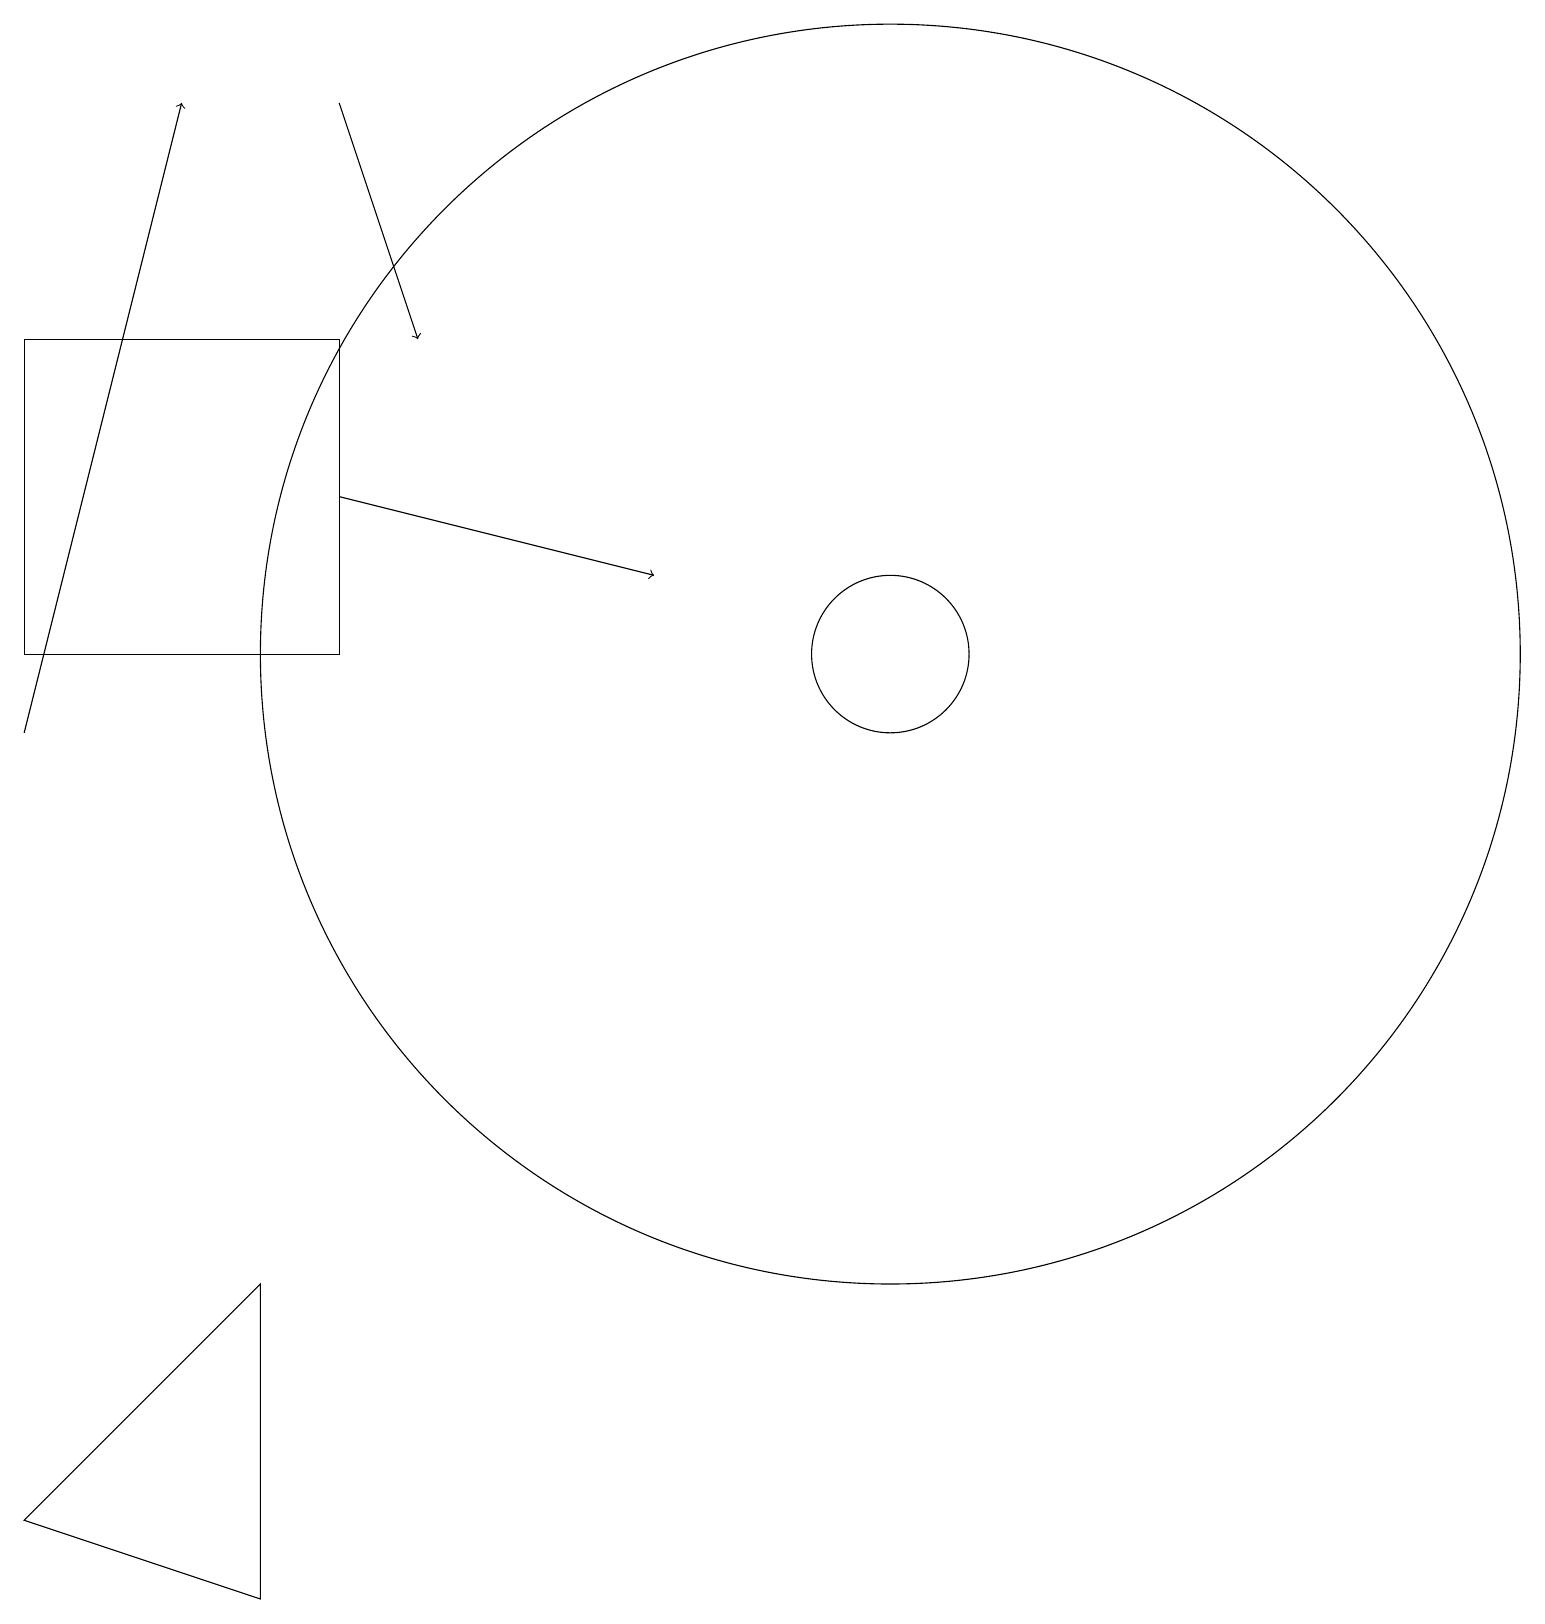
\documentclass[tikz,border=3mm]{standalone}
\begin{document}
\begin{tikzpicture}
\draw[->] (4,14) -- (8,13);
\draw (11,12) circle (8);
\draw[->] (0,11) -- (2,19);
\draw (0,1) -- (3,4) -- (3,0) -- cycle;
\draw (4,16) rectangle (0,12);
\draw[->] (4,19) -- (5,16);
\draw (11,12) circle (1);
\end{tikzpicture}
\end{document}